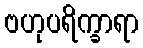
ဗဟုပရိက္ခာရာ